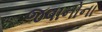
જવાનોના